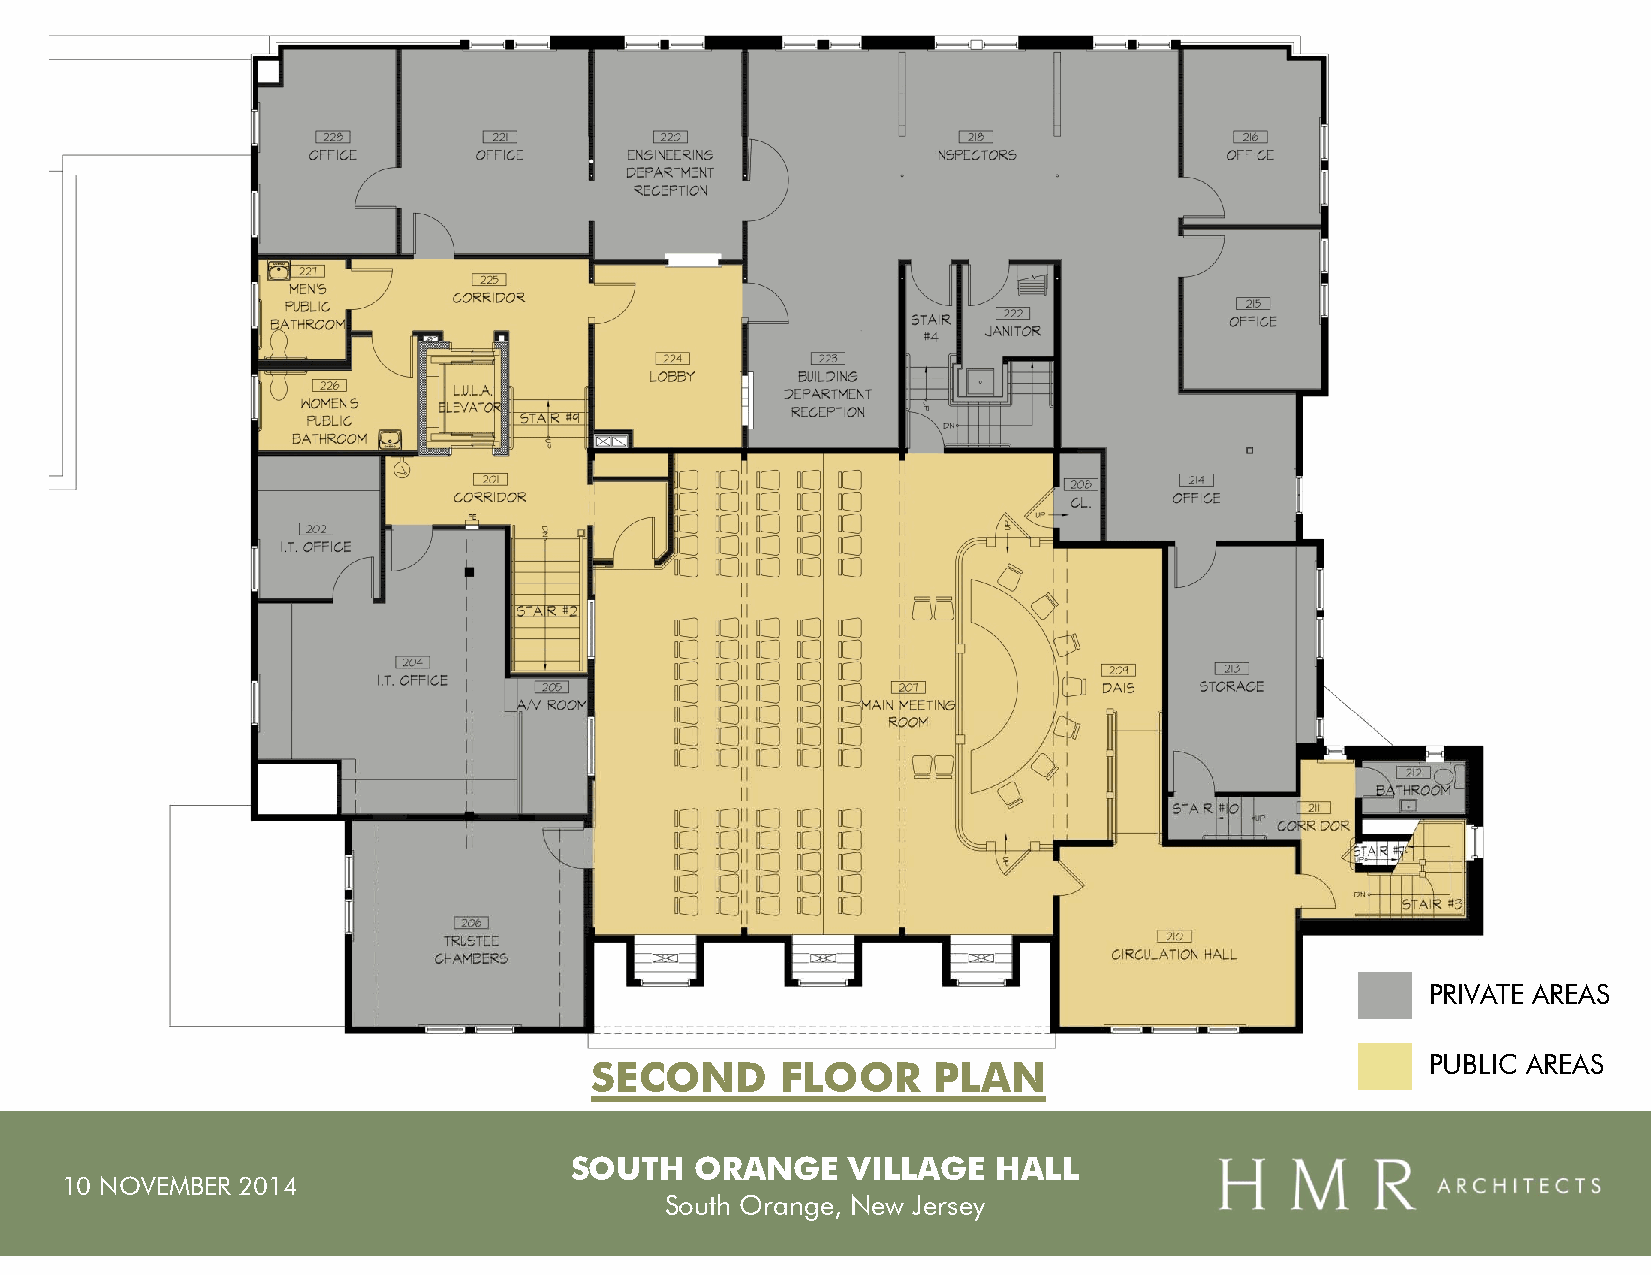
PRIVATE AREAS
 PUBLIC AREAS
 SECOND       FLOOR     PLAN
 SOUTH   ORANGE    VILLAGE   HALL
 10 NOVEMBER 2014
 South Orange, New Jersey